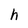
Character: h